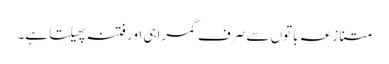
متنازعہ باتوں سے صرف گمراہی اور فتنہ پھیلتا ہے۔